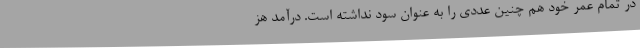
در تمام عمر خود هم چنین عددی را به عنوان سود نداشته است. درآمد هز